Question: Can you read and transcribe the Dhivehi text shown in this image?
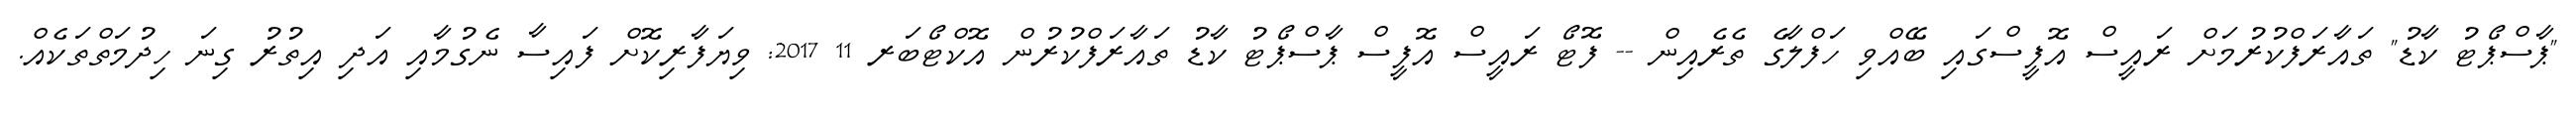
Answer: "ޕާސްޕޯޓު ކާޑު" ތައާރަފްކުރުމަށް ރައީސް އޮފީސްގައި ބޭއްވި ހަފްލާގެ ތެރެއިން -- ފޮޓޯ ރައީސް އޮފީސް ޕާސްޕޯޓު ކާޑު ތައާރަފްކުރުން އޮކްޓޯބަރ 11 2017: ވިޔަފާރިކޮށް ފައިސާ ނެގުމާއި އަދި އިތުރު ގިނަ ހިދުމަތްތަކެއް.